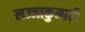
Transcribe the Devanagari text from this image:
लज्जाकुमारी